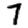
Digit: 7